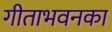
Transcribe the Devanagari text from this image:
गीताभवनका